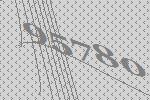
95780